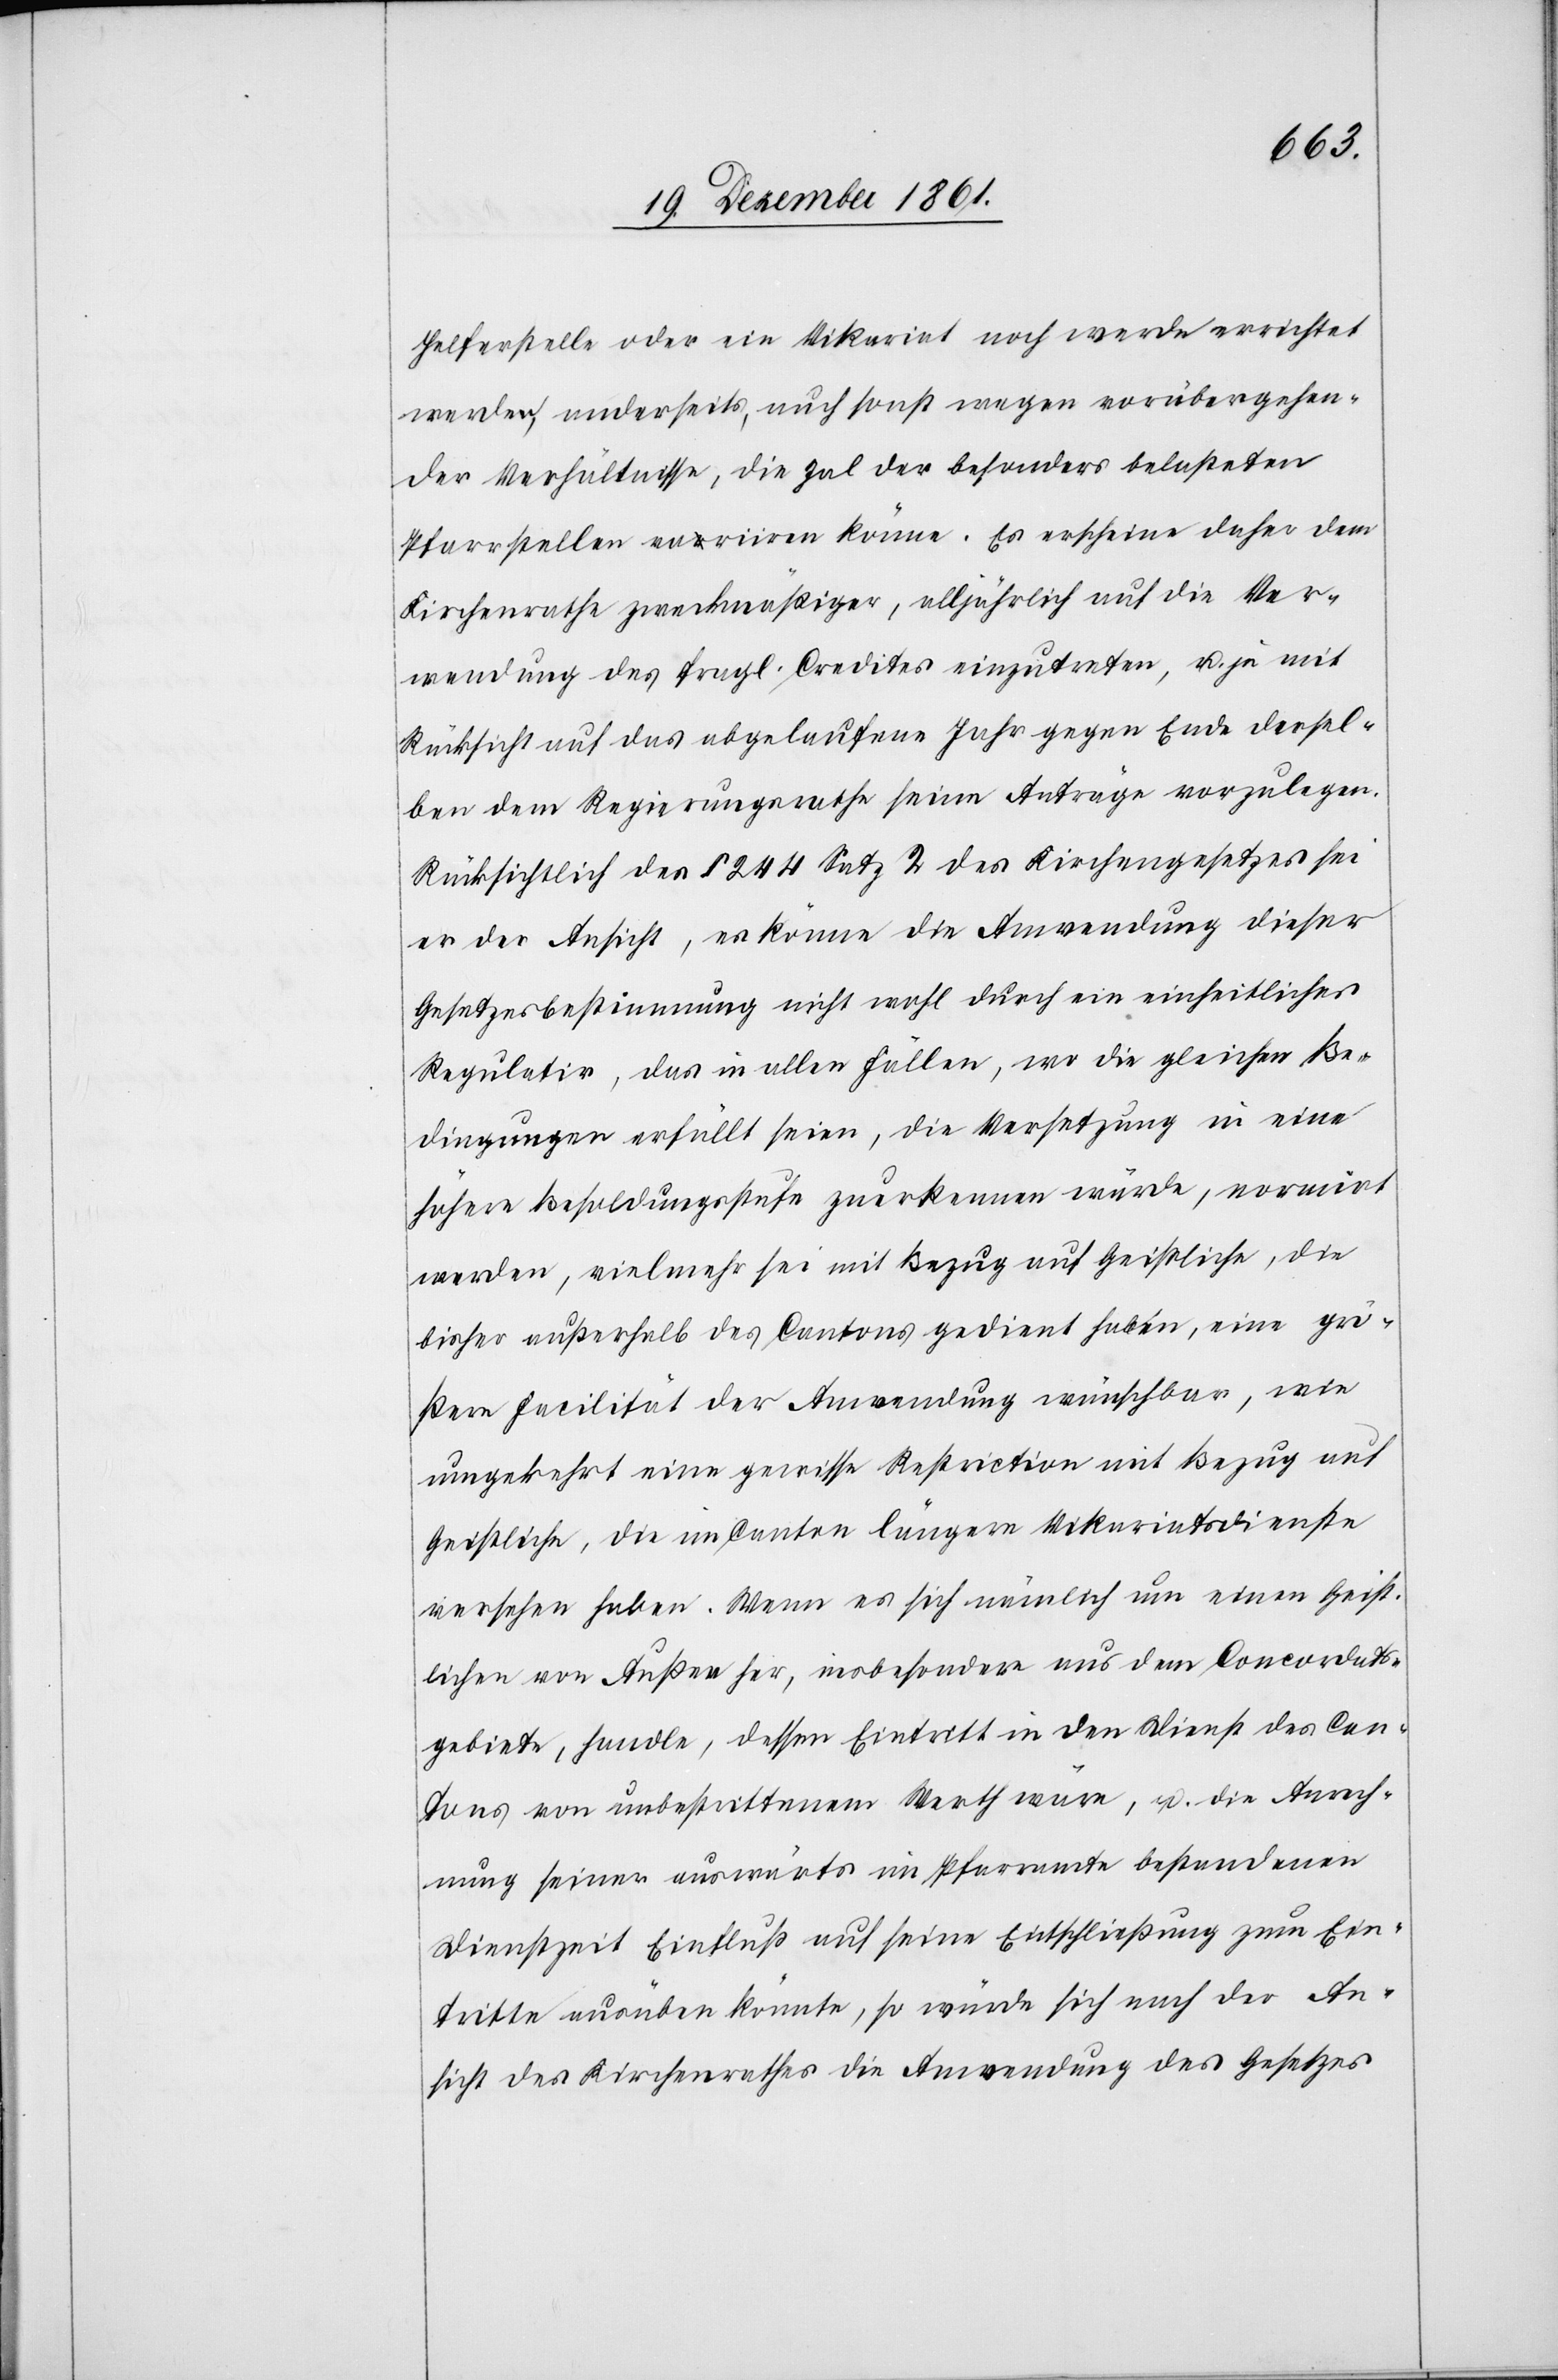
Helferstelle oder ein Vikariat noch werde errichtet
werden, anderseits, auch sonst wegen vorübergehen¬
der Verhältnisse, die Zal der besonders belasteten
Pfarrstellen variiren könne. Es erscheine daher dem
Kirchenrathe zweckmäßiger, alljährlich auf die Ver¬
wendung des fragl. Credites einzutreten, u. je mit
Rücksicht auf das abgelaufene Jahr gegen Ende dessel¬
ben dem Regierungsrathe seine Anträge vorzulegen.
Rücksichtlich des § 244 Satz 2 des Kirchengesetzes sei
er der Ansicht, es könne die Anwendung dieser
Gesetzesbestimmung nicht wohl durch ein einheitliches
Regulativ, das in allen Fällen, wo die gleichen Be¬
dingungen erfüllt seien, die Versetzung in eine
höhere Besoldungsstufe zuerkennen würde, normirt
werden, vielmehr sei mit Bezug auf Geistliche, die
bisher außerhalb des Cantons gedient haben, eine grö¬
ßere Facilität der Anwendung wünschbar, wie
umgekehrt eine gewisse Restriction mit Bezug auf
Geistliche, die im Canton längere Vikariatsdienste
versehen haben. Wenn es sich nämlich um einen Geist¬
lichen von Außen her, insbesondere aus dem Concordats¬
gebiete, handle, dessen Eintritt in den Dienst des Can¬
tons von unbestrittenem Werthe wäre, u. die Anrech¬
nung seiner auswärts im Pfarramte bestandenen
Dienstzeit Einfluß auf seine Entschließung zum Ein¬
tritte ausüben könnte, so würde sich nach der An¬
sicht des Kirchenrathes die Anwendung des Gesetzes